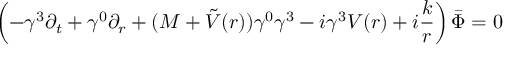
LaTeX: \left( - \gamma ^ { 3 } \partial _ { t } + \gamma ^ { 0 } \partial _ { r } + ( M + \tilde { V } ( r ) ) \gamma ^ { 0 } \gamma ^ { 3 } - i \gamma ^ { 3 } V ( r ) + i \frac k r \right) \bar { \Phi } = 0